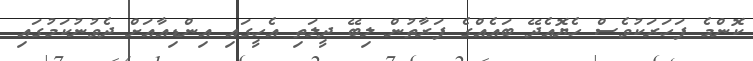
ކޮންމެ ފަހަރަކުވެސް ހެޔޮއެދޭ ބައެއްގެ ފަރާތުން ލިބޭ ދީލަތި އެހީގައި އިންޑިއާއަށް ދެވުނުކަމުގައި